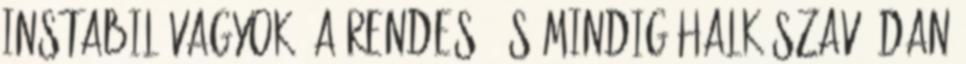
instabil vagyok. A rendes, és mindig halk szavú Dan